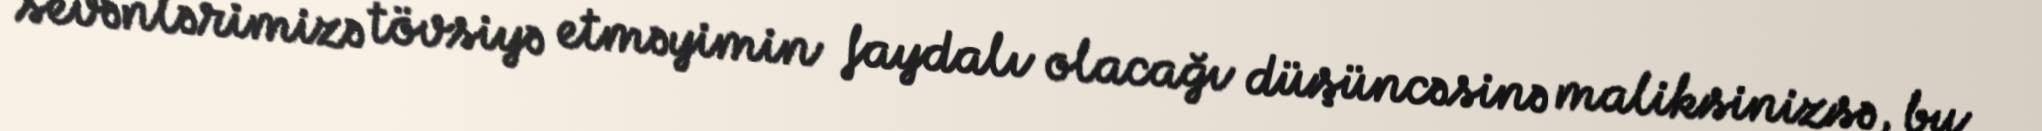
sevənlərimizə tövsiyə etməyimin faydalı olacağı düşüncəsinə maliksinizsə, bu